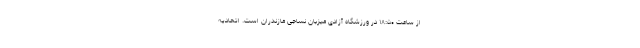
از ساعت ١٨:۵٠ در ورزشگاه آزادی میزبان نساجی مازندران است. اتحادیه